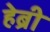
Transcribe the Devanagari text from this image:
हेब्री